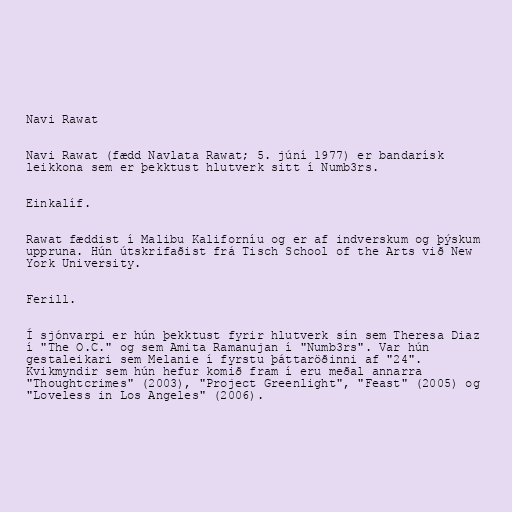
Navi Rawat

Navi Rawat (fædd Navlata Rawat; 5. júní 1977) er bandarísk
leikkona sem er þekktust hlutverk sitt í Numb3rs.

Einkalíf.

Rawat fæddist í Malibu Kaliforníu og er af indverskum og þýskum
uppruna. Hún útskrifaðist frá Tisch School of the Arts við New
York University.

Ferill.

Í sjónvarpi er hún þekktust fyrir hlutverk sín sem Theresa Diaz
í "The O.C." og sem Amita Ramanujan í "Numb3rs". Var hún
gestaleikari sem Melanie í fyrstu þáttaröðinni af "24".
Kvikmyndir sem hún hefur komið fram í eru meðal annarra
"Thoughtcrimes" (2003), "Project Greenlight", "Feast" (2005) og
"Loveless in Los Angeles" (2006).